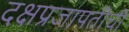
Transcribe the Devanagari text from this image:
दक्षप्रजापतीची